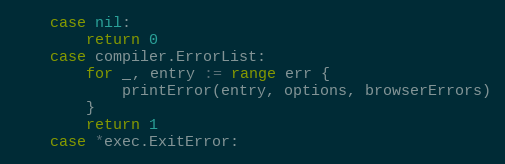
Language: Go
	case nil:
		return 0
	case compiler.ErrorList:
		for _, entry := range err {
			printError(entry, options, browserErrors)
		}
		return 1
	case *exec.ExitError: